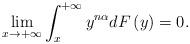
LaTeX: \begin{align*}\lim_{x\rightarrow +\infty}\int_{x}^{+\infty}y^{n\alpha}dF\left ( y \right )= 0.\end{align*}